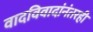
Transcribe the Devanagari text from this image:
वादविवादांनंतरही